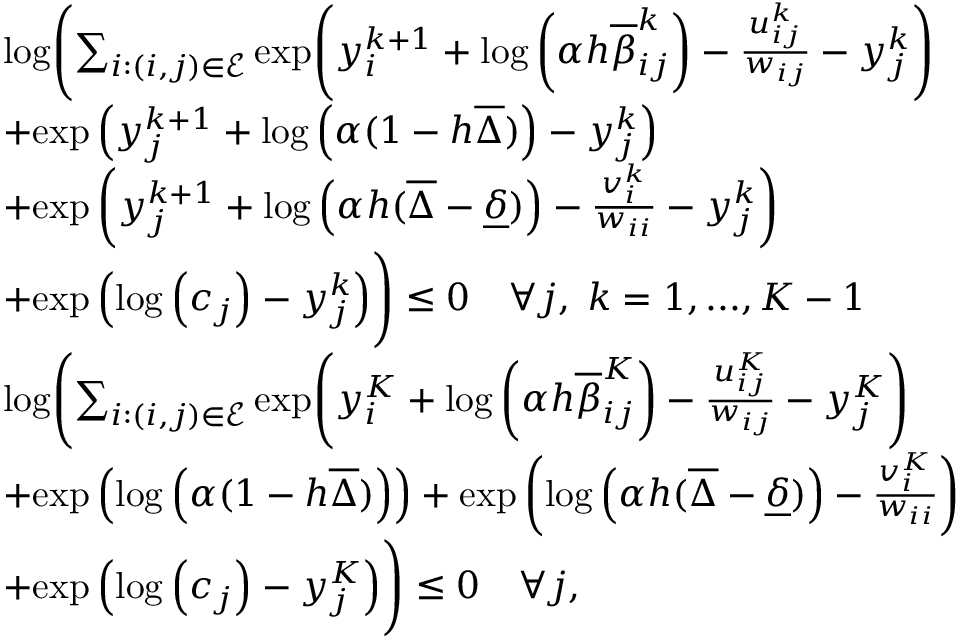
\begin{array} { r l } & { \mathrm { l o g } \Biggl ( \sum _ { i : ( i , j ) \in \mathcal E } \mathrm { e x p } \Biggl ( y _ { i } ^ { k + 1 } + \mathrm { l o g } \left( \alpha h \overline { { \beta } } _ { i j } ^ { k } \right) - \frac { u _ { i j } ^ { k } } { w _ { i j } } - y _ { j } ^ { k } \Biggr ) } \\ & { + \mathrm { e x p } \left( y _ { j } ^ { k + 1 } + \mathrm { l o g } \left( \alpha ( 1 - h \overline { { \Delta } } ) \right) - y _ { j } ^ { k } \right) } \\ & { + \mathrm { e x p } \left( y _ { j } ^ { k + 1 } + \mathrm { l o g } \left( \alpha h ( \overline { { \Delta } } - \underline { { \delta } } ) \right) - \frac { v _ { i } ^ { k } } { w _ { i i } } - y _ { j } ^ { k } \right) } \\ & { + \mathrm { e x p } \left( \mathrm { l o g } \left( c _ { j } \right) - y _ { j } ^ { k } \right) \Biggr ) \leq 0 \quad \forall j , \; k = 1 , . . . , K - 1 } \\ & { \mathrm { l o g } \Biggl ( \sum _ { i : ( i , j ) \in \mathcal E } \mathrm { e x p } \Biggl ( y _ { i } ^ { K } + \mathrm { l o g } \left( \alpha h \overline { { \beta } } _ { i j } ^ { K } \right) - \frac { u _ { i j } ^ { K } } { w _ { i j } } - y _ { j } ^ { K } \Biggr ) } \\ & { + \mathrm { e x p } \left( \mathrm { l o g } \left( \alpha ( 1 - h \overline { { \Delta } } ) \right) \right) + \mathrm { e x p } \left( \mathrm { l o g } \left( \alpha h ( \overline { { \Delta } } - \underline { { \delta } } ) \right) - \frac { v _ { i } ^ { K } } { w _ { i i } } \right) } \\ & { + \mathrm { e x p } \left( \mathrm { l o g } \left( c _ { j } \right) - y _ { j } ^ { K } \right) \Biggr ) \leq 0 \quad \forall j , } \end{array}